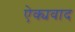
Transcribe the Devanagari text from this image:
ऐक्यवाद